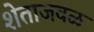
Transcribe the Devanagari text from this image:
शेताजवळ